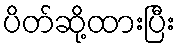
ပိတ်ဆို့ထားပြီး